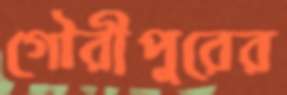
গৌরীপুরের